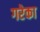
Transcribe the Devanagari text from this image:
गरेका